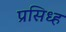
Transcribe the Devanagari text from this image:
प्रसिध्ह